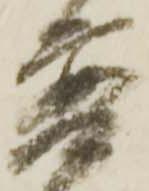
普